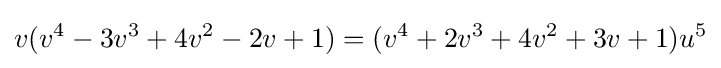
v(v^{4}-3v^{3}+4v^{2}-2v+1)=(v^{4}+2v^{3}+4v^{2}+3v+1)u^{5}